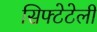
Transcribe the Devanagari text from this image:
सिफ्टेटेली